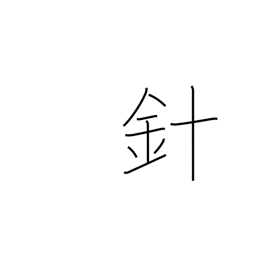
Meaning: stinger